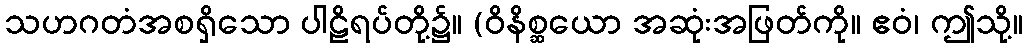
သဟဂတံအစရှိသော ပါဠိရပ်တို့၌။ (ဝိနိစ္ဆယော အဆုံးအဖြတ်ကို။ ဧဝံ၊ ဤသို့။